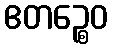
ဧတဉ္စေဝ